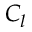
C _ { l }